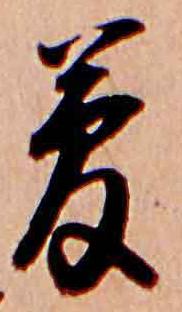
夢